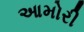
આમોરી